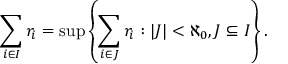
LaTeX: \sum _ { i \in I } r _ { i } = \operatorname* { s u p } \left\lbrace \sum _ { i \in J } r _ { i } : | J | < \aleph _ { 0 } , J \subseteq I \right\rbrace .